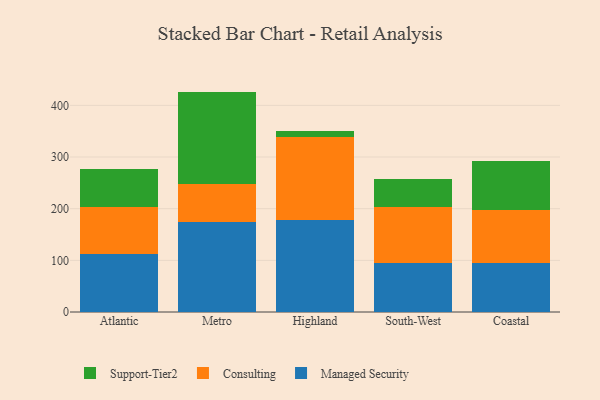
{"axis": {"x": "Region", "y": "Operating Costs (USD K)"}, "legend": ["Consulting", "Managed Security", "Support-Tier2"], "data": [{"x": "Atlantic", "y": 112.7, "type": "Managed Security"}, {"x": "Atlantic", "y": 90.5, "type": "Consulting"}, {"x": "Atlantic", "y": 72.7, "type": "Support-Tier2"}, {"x": "Metro", "y": 174.8, "type": "Managed Security"}, {"x": "Metro", "y": 72.2, "type": "Consulting"}, {"x": "Metro", "y": 179.6, "type": "Support-Tier2"}, {"x": "Highland", "y": 179.0, "type": "Managed Security"}, {"x": "Highland", "y": 159.7, "type": "Consulting"}, {"x": "Highland", "y": 11.9, "type": "Support-Tier2"}, {"x": "South-West", "y": 95.7, "type": "Managed Security"}, {"x": "South-West", "y": 106.7, "type": "Consulting"}, {"x": "South-West", "y": 54.8, "type": "Support-Tier2"}, {"x": "Coastal", "y": 94.7, "type": "Managed Security"}, {"x": "Coastal", "y": 103.3, "type": "Consulting"}, {"x": "Coastal", "y": 93.9, "type": "Support-Tier2"}]}